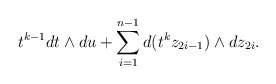
\begin{align*}t^{k-1}dt \wedge du + \sum_{i=1}^{n-1} d(t^kz_{2i-1}) \wedge d z_{2i}.\end{align*}